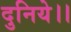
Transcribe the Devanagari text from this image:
दुनिये।।